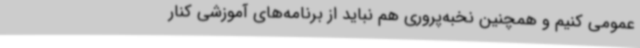
عمومی کنیم و همچنین نخبه‌پروری هم نباید از برنامه‌های آموزشی کنار